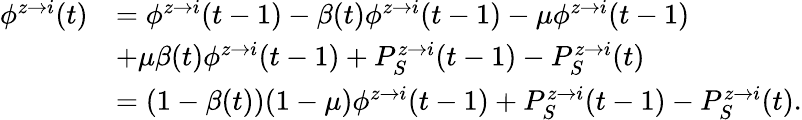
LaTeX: \begin{array}{rl}{\phi^{z\rightarrow i}(t)}&{=\phi^{z\rightarrow i}(t-1)-\beta(t)\phi^{z\rightarrow i}(t-1)-\mu\phi^{z\rightarrow i}(t-1)}\\ &{+\mu\beta(t)\phi^{z\rightarrow i}(t-1)+P_{S}^{z\rightarrow i}(t-1)-P_{S}^{z\rightarrow i}(t)}\\ &{=(1-\beta(t))(1-\mu)\phi^{z\rightarrow i}(t-1)+P_{S}^{z\rightarrow i}(t-1)-P_{S}^{z\rightarrow i}(t).}\end{array}